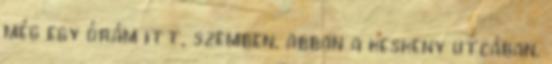
még egy órám itt, szemben, abban a keskeny utcában.